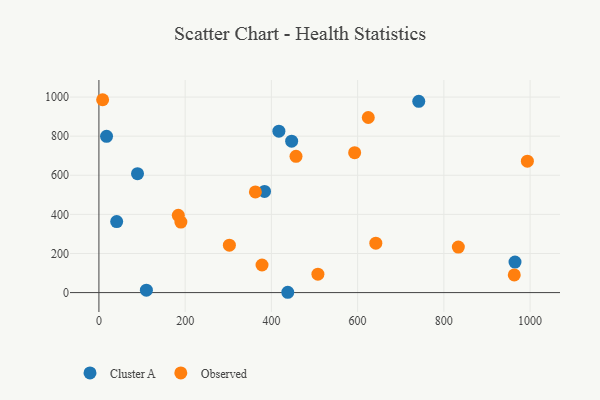
{"axis": {"x": "Ad Spend", "y": "Rating"}, "legend": ["Cluster A", "Observed"], "data": [{"x": "110.1", "y": 12.1, "type": "Cluster A"}, {"x": "41.2", "y": 363.4, "type": "Cluster A"}, {"x": "741.8", "y": 978.2, "type": "Cluster A"}, {"x": "384.1", "y": 517.3, "type": "Cluster A"}, {"x": "447.0", "y": 774.5, "type": "Cluster A"}, {"x": "965.0", "y": 155.8, "type": "Cluster A"}, {"x": "89.5", "y": 608.0, "type": "Cluster A"}, {"x": "417.4", "y": 825.5, "type": "Cluster A"}, {"x": "438.0", "y": 1.6, "type": "Cluster A"}, {"x": "17.7", "y": 798.9, "type": "Cluster A"}, {"x": "507.9", "y": 94.2, "type": "Observed"}, {"x": "993.7", "y": 672.1, "type": "Observed"}, {"x": "833.6", "y": 232.9, "type": "Observed"}, {"x": "378.3", "y": 141.1, "type": "Observed"}, {"x": "457.1", "y": 696.8, "type": "Observed"}, {"x": "190.1", "y": 360.8, "type": "Observed"}, {"x": "362.9", "y": 514.9, "type": "Observed"}, {"x": "642.2", "y": 252.5, "type": "Observed"}, {"x": "963.3", "y": 90.5, "type": "Observed"}, {"x": "624.7", "y": 895.5, "type": "Observed"}, {"x": "184.1", "y": 395.1, "type": "Observed"}, {"x": "593.1", "y": 715.3, "type": "Observed"}, {"x": "302.6", "y": 242.6, "type": "Observed"}, {"x": "8.6", "y": 986.3, "type": "Observed"}]}